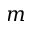
m